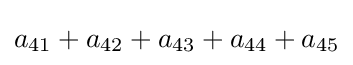
a_{41}+a_{42}+a_{43}+a_{44}+a_{45}